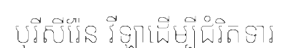
បុរីសីរ៉ែន វីឡាដើម្បីជំរិតទារ